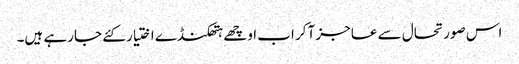
اس صورتحال سے عاجز آکر اب اوچھے ہتھکنڈے اختیار کئے جارہے ہیں۔